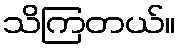
သိကြတယ်။